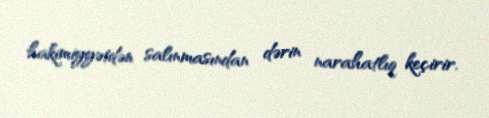
hakimiyyətdən salınmasından dərin narahatlıq keçirir.